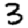
Digit: 3